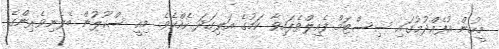
މީހުން އުފެއްދުމުގައި ސިސްޓަމް ފެއިލްވެފައިވާ ކަމުގެ އަލިގަދަ ހެއްކެވެ. މިއީ ސްކޫލުން ބެލެނިވެރިންގެ